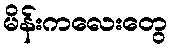
မိန်းကလေးတွေ